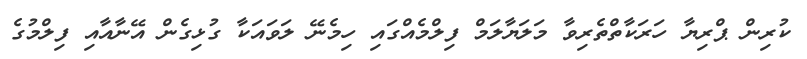
ކުރިން ޕްރިޔާ ހަރަކާތްތެރިވާ މަލަޔާލަމް ފިލްމެއްގައި ހިމެނޭ ލަވައަކާ ގުޅިގެން އޭނާއާއި ފިލްމުގެ